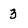
Character: 3